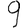
Digit: 9